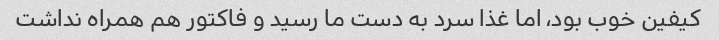
کیفین خوب بود، اما غذا سرد به دست ما رسید و فاکتور هم همراه نداشت